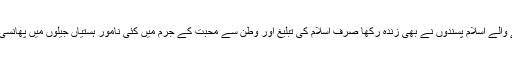
حضرت خبیب ؓ کی سنت کو بعد کے آنے والے اسلام پسندوں نے بھی زندہ رکھا صرف اسلام کی تبلیغ اور وطن سے محبت کے جرم میں کئی نامور ہستیاں جیلوں میں پھانسی چڑھائی گئیں جن کی طویل فہرست ہے۔